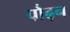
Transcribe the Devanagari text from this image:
पौढ़न